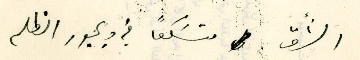
الشّرق متسَكعاً في ديجور الظلم